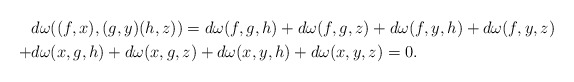
\begin{align*}&d\omega((f,x), (g,y) (h,z)) = d\omega(f,g,h) + d\omega(f,g,z) + d\omega(f,y,h) + d\omega(f,y,z)\\+& d\omega(x,g,h) + d\omega(x,g,z) + d\omega(x,y,h) + d\omega(x,y,z) = 0.\end{align*}